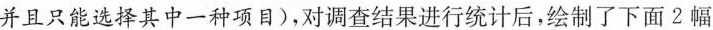
并且只能选择其中一种项目)，对调查结果进行统计后，绘制了下面2幅